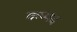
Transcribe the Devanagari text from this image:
कप्पद